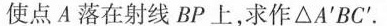
使点A落在射线BP上，求作△A^{\prime}BC^{\prime}。